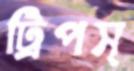
ট্রিপস্